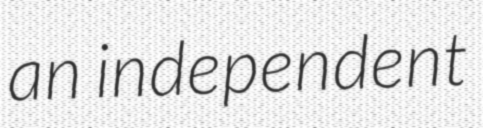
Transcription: an independent